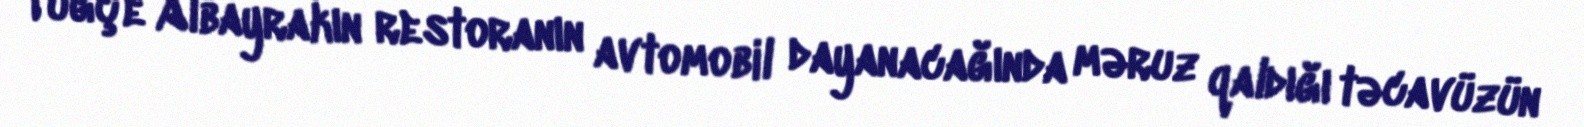
Tuğçe Albayrakın restoranın avtomobil dayanacağında məruz qaldığı təcavüzün